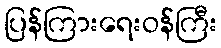
ပြန်ကြားရေးဝန်ကြီး